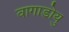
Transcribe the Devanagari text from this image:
वागाडोयु